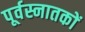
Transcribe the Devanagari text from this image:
पूर्वस्नातकों